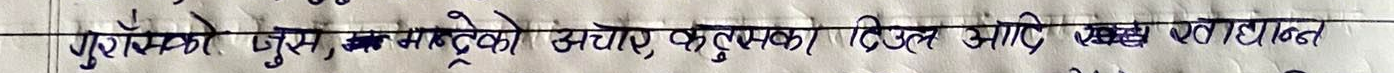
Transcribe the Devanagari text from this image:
पुरानो पुलिसका मान्छेको अंचाय, कुत्सुक, दिउत आणि सध्य बनायित